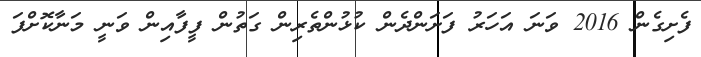
ފެށިގެން 2016 ވަނަ އަހަރު ފަށަންދެން ކުޅުންތެރިން ގަތުން ފީފާއިން ވަނީ މަނާކޮށްފަ